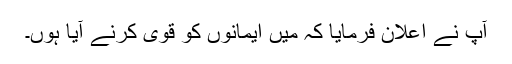
آپ نے اعلان فرمایا کہ مَیں ایمانوں کو قوی کرنے آیا ہوں۔